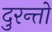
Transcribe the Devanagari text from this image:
दुरन्तो